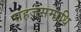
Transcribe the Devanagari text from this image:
सहजसमाधि